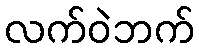
လက်ဝဲဘက်